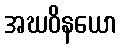
အဃဝိနယော